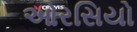
ઓરસિયો